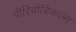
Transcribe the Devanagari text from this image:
पीरियोडिकल्स